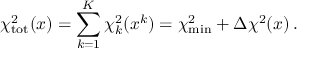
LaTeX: \chi _ { \mathrm { t o t } } ^ { 2 } ( x ) = \sum _ { k = 1 } ^ { K } \chi _ { k } ^ { 2 } ( x ^ { k } ) = \chi _ { \mathrm { m i n } } ^ { 2 } + \Delta \chi ^ { 2 } ( x ) \: .